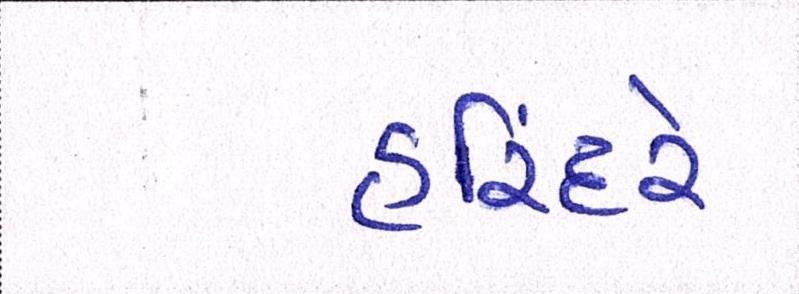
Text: હરિંદરે